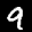
Label: 9